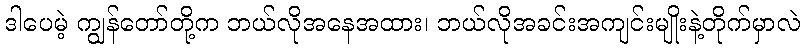
ဒါပေမဲ့ ကျွန်တော်တို့က ဘယ်လိုအနေအထား၊ ဘယ်လိုအခင်းအကျင်းမျိုးနဲ့တိုက်မှာလဲ